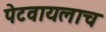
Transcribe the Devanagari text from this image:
पेटवायलाच